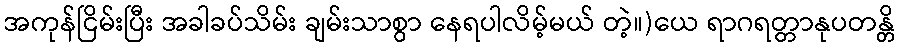
အကုန်ငြိမ်းပြီး အခါခပ်သိမ်း ချမ်းသာစွာ နေရပါလိမ့်မယ် တဲ့။)ယေ ရာဂရတ္တာနုပတန္တိ